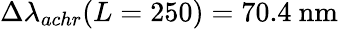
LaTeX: \Delta\lambda_{achr}(L=250)=70.4~\mathrm{nm}